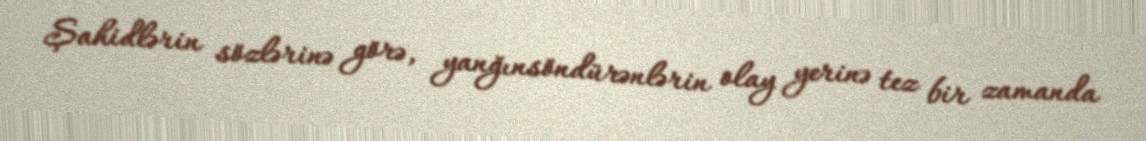
Şahidlərin sözlərinə görə, yanğınsöndürənlərin olay yerinə tez bir zamanda